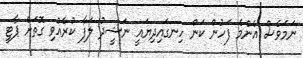
ނަމަވެސް އެންމެ ފަހުން ކަން ހިނގައިދިޔައީ ނަޝީދު ލަފާ ކުރެއްވި ގޮތަށް ޕާޓީ